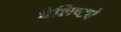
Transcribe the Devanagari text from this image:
वैशिष्‍ट्ये